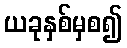
ယခုနှစ်မှစ၍